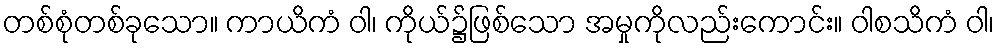
တစ်စုံတစ်ခုသော။ ကာယိကံ ဝါ၊ ကိုယ်၌ဖြစ်သော အမှုကိုလည်းကောင်း။ ဝါစသိကံ ဝါ၊